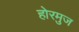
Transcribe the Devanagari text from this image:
होरमुज